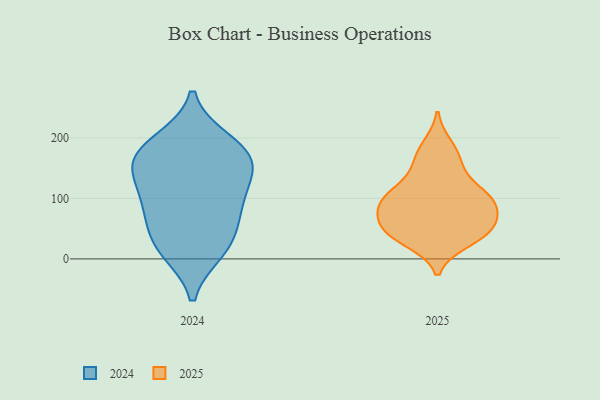
{"axis": {"x": "Humidity (%)", "y": "Value"}, "legend": ["2024", "2025"], "data": [{"x": "", "y": 113, "type": "2025"}, {"x": "", "y": 29, "type": "2025"}, {"x": "", "y": 93, "type": "2025"}, {"x": "", "y": 57, "type": "2025"}, {"x": "", "y": 85, "type": "2025"}, {"x": "", "y": 188, "type": "2025"}, {"x": "", "y": 111, "type": "2025"}, {"x": "", "y": 87, "type": "2025"}, {"x": "", "y": 166, "type": "2025"}, {"x": "", "y": 110, "type": "2025"}, {"x": "", "y": 50, "type": "2025"}, {"x": "", "y": 43, "type": "2025"}, {"x": "", "y": 81, "type": "2025"}, {"x": "", "y": 34, "type": "2025"}, {"x": "", "y": 52, "type": "2025"}, {"x": "", "y": 154, "type": "2025"}, {"x": "", "y": 86, "type": "2024"}, {"x": "", "y": 83, "type": "2024"}, {"x": "", "y": 148, "type": "2024"}, {"x": "", "y": 180, "type": "2024"}, {"x": "", "y": 146, "type": "2024"}, {"x": "", "y": 150, "type": "2024"}, {"x": "", "y": 21, "type": "2024"}, {"x": "", "y": 14, "type": "2024"}, {"x": "", "y": 177, "type": "2024"}, {"x": "", "y": 194, "type": "2024"}, {"x": "", "y": 95, "type": "2024"}, {"x": "", "y": 34, "type": "2024"}]}